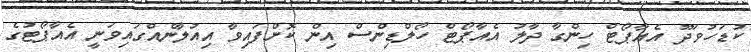
ކުޑަހުވަދޫ އެއާޕޯޓް ހިންގާ ދާލު އެއާޕޯޓް ހޯލްޑިންސް އިން ކޮށްފައިވާ އިއުލާނެއްގައިވަނީ އެއާޕޯޓުގެ